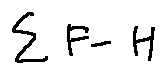
\sum F - H